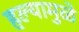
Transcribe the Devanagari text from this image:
हल्यामुळे